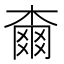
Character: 𣙡